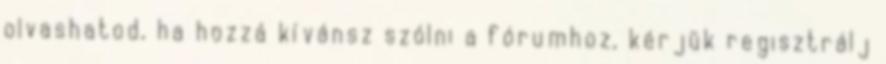
olvashatod, ha hozzá kívánsz szólni a fórumhoz, kérjük regisztrálj